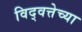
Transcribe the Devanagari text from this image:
विद्वत्तेच्या